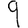
Digit: 9